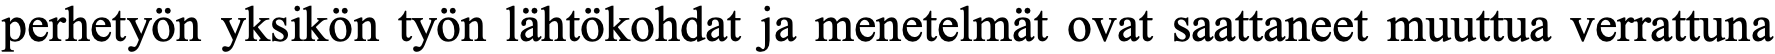
perhetyön yksikön työn lähtökohdat ja menetelmät ovat saattaneet muuttua verrattuna